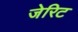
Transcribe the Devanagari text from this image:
जेरिट